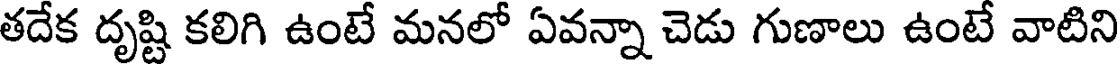
తదేక దృష్టి కలిగి ఉంటే మనలో ఏవన్నా చెడు గుణాలు ఉంటే వాటిని